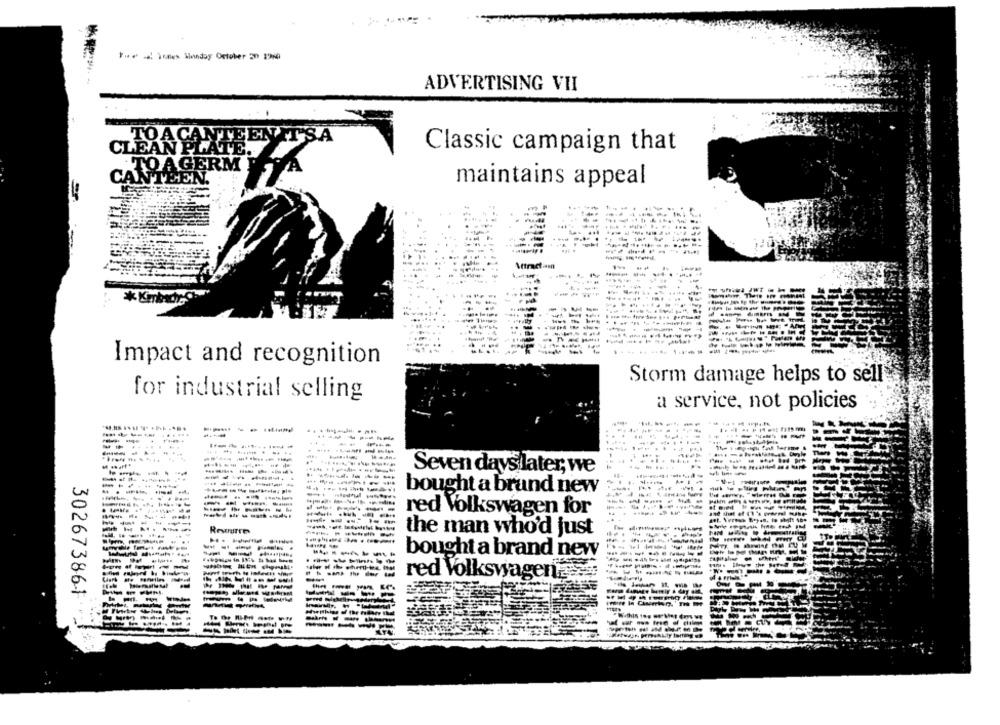
ADVERTISING VII
TOAC
TEEN ITSA
CLEAN
TE.
Classic campaign that
TOAGERM
CANTEEN.
maintains appeal
-------
.. ....
Impact and recognition
Storm damage helps to sell
for industrial selling
a service, not policies
..
--
...
.... .... .
Seven dayslater, we
-----
------
bought a brand new
----
. .....
------
-----
et Bied
------
red Volkswagen for
and that of i
--
----
Resurre
-------
the man who'd just
----
bought a brand new
capitaline
------
The the
-------
red VolkswagenEs:
302673861
----